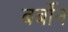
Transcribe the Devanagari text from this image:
बर्बोन